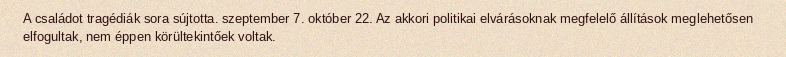
A családot tragédiák sora sújtotta. szeptember 7. október 22. Az akkori politikai elvárásoknak megfelelő állítások meglehetősen elfogultak, nem éppen körültekintőek voltak.